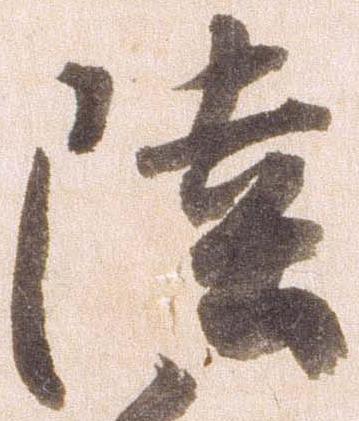
陸